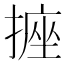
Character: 𭢂